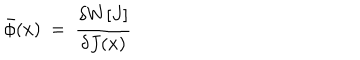
\bar { \phi } ( x ) \ = \ { \frac { \delta W [ J ] } { \delta J ( x ) } } \,